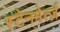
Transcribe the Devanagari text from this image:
स्टेनमेर्त्ज़